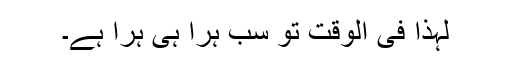
لہذا فی الوقت تو سب ہرا ہی ہرا ہے۔